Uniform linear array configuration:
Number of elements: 8
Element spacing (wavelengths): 1
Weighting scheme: uniform
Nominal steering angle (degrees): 30
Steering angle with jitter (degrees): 28.347
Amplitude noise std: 0.05
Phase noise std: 0.05

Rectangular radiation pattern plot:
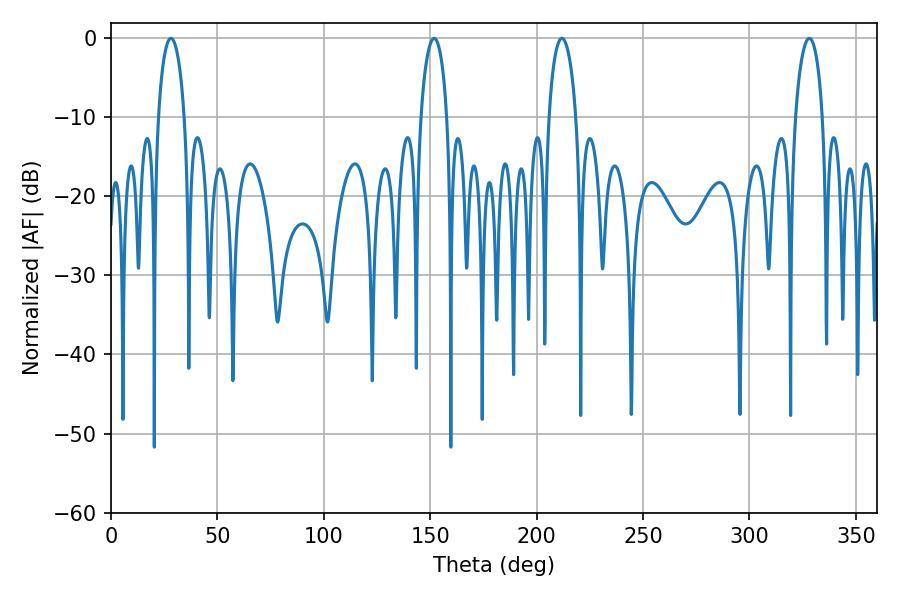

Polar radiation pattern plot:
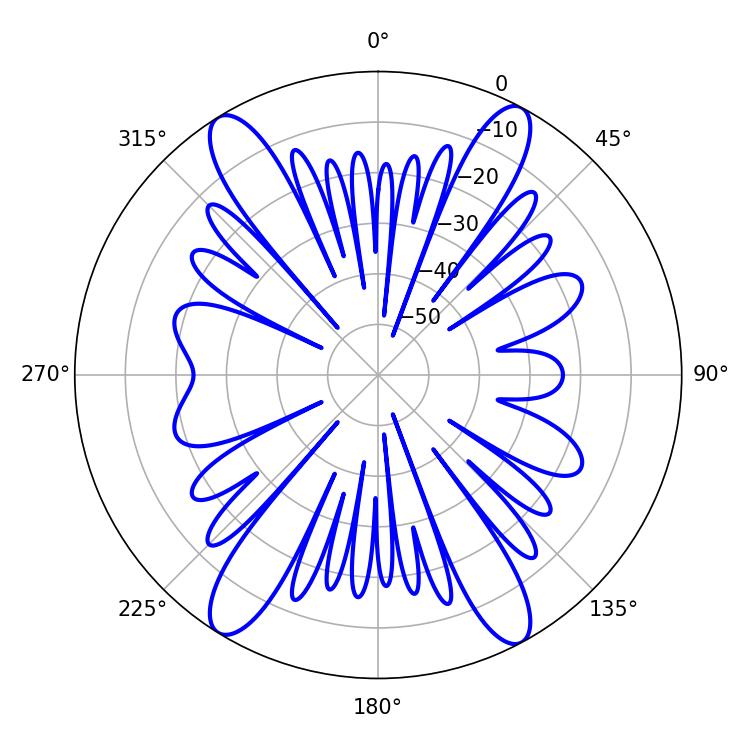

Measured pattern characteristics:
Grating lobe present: TRUE
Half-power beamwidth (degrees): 7.38
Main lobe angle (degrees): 211.86